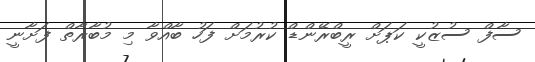
ސާފް ސުޒުކީ ކަޕަށް ރީބްރޭންޑް ކުރުމަށް ފަހު ބާއްވާ މި މުބާރާތް ފަށާނީ